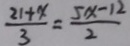
\frac { 2 1 + x } { 3 } = \frac { 5 x - 1 2 } { 2 }